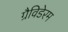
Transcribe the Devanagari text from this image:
ग्रैविडेरम